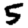
Digit: 5